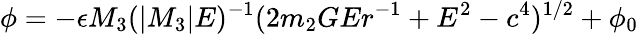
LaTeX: \phi=-\epsilon M_{3}(|M_{3}|E)^{-1}(2m_{2}GEr^{-1}+E^{2}-c^{4})^{1/2}+\phi_{0}